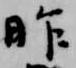
昨